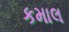
કમાલ